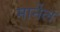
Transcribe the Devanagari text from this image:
मार्नेल